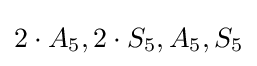
2\cdot A_{5},2\cdot S_{5},A_{5},S_{5}